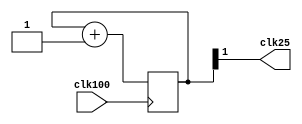
`timescale 1ns / 1ps
//////////////////////////////////////////////////////////////////////////////////
// Company: 
// Engineer: 
// 
// Design Name: 
// Module Name:    clkdiv 
// Project Name: 
// Target Devices: 
// Tool versions: 
// Description: 
//
// Dependencies: 
//
// Revision: 
// Revision 0.01 - File Created
// Additional Comments: 
//
//////////////////////////////////////////////////////////////////////////////////
module clkdiv(
			input clk100,
			output clk25
    );
	 reg [1:0] count;
	 
	 always @(posedge clk100)
	 begin
			count <= count + 1;
	 end

	assign clk25 = count[1];
endmodule